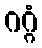
ဂဂ္ဂံ